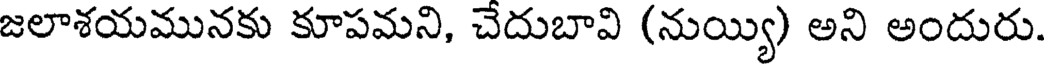
జలాశయమునకు కూపమని, చేదుబావి (నుయ్యి) అని అందురు.